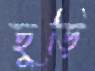
ছুড়ি